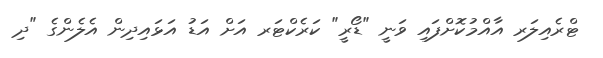
ޓްރެއިލަރ އާއްމުކޮށްފައި ވަނީ "ޑޯރީ" ކަރެކްޓަރ އަށް އަޑު އަޅައިދިން އެލެންގެ "ދި